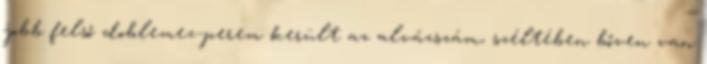
jobb felső doblemez-perem került az alvázszám, széltében bőven van